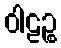
ဝါဠဉ္စ